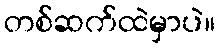
တစ်ဆက်ထဲမှာပဲ။